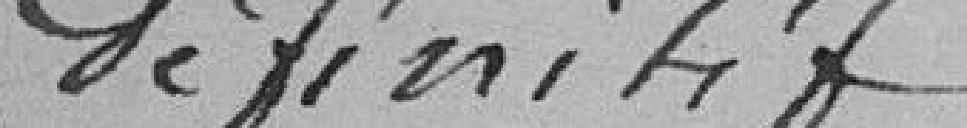
définitif